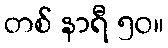
တစ် နာရီ ၅၀။